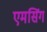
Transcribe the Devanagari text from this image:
एमसिंग